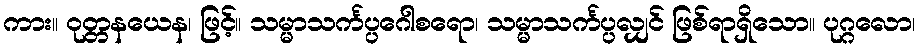
ကား။ ဝုတ္တနယေန၊ ဖြင့်။ သမ္မာသင်္ကပ္ပဂေါစရော၊ သမ္မာသင်္ကပ္ပလျှင် ဖြစ်ရာရှိသော။ ပုဂ္ဂလော၊